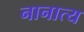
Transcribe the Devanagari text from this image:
नानात्य